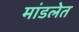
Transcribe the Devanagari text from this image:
मांडलेत